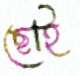
ছোই